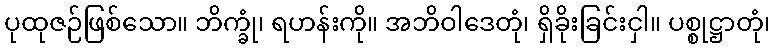
ပုထုဇဉ်ဖြစ်သော။ ဘိက္ခုံ၊ ရဟန်းကို။ အဘိဝါဒေတုံ၊ ရှိခိုးခြင်းငှါ။ ပစ္စုဋ္ဌာတုံ၊